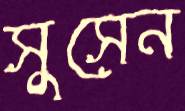
সুসেন